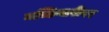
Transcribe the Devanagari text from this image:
मच्छिमारीवर